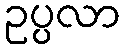
ဥပ္ပလာ